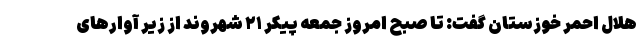
هلال احمر خوزستان گفت: تا صبح امروز جمعه پیکر ۲۱ شهروند از زیر آوارهای